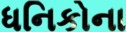
ધનિકોના